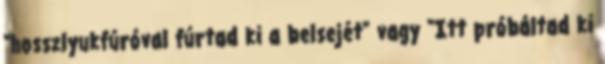
"hosszlyukfúróval fúrtad ki a belsejét" vagy "Itt próbáltad ki